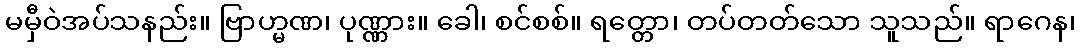
မမှီဝဲအပ်သနည်း။ ဗြာဟ္မဏ၊ ပုဏ္ဏား။ ခေါ၊ စင်စစ်။ ရတ္တော၊ တပ်တတ်သော သူသည်။ ရာဂေန၊